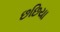
છછિયા